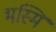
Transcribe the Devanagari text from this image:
भस्मि